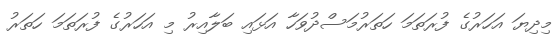
މިދިޔަ އަހަރުގެ ފުރަތަމަ ހަތަރުމަސްދުވަހާ އަޅައި ބަލާއިރު މި އަހަރުގެ ފުރަތަމަ ހަތަރު